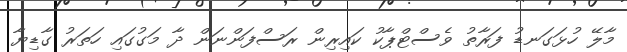
މާލޭ ހުޅަގަނޑު ފަރާތު ވެސްޓްޕާކު ކައިރިން ރަސްފަންނަން ދާ މަގުގައި ހަތަރު ގާޑިޔާ